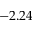
- 2 . 2 4